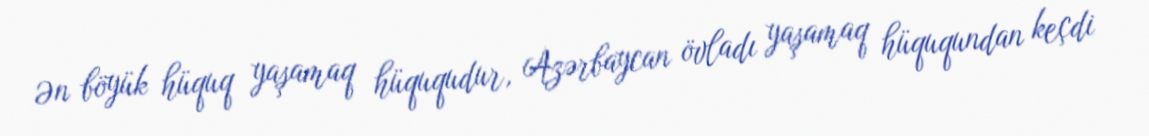
Ən böyük hüquq yaşamaq hüququdur, Azərbaycan övladı yaşamaq hüququndan keçdi